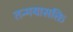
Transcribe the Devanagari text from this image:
तन्मयासक्ति